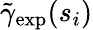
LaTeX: \tilde{\gamma}_{\mathrm{exp}}(s_{i})